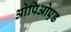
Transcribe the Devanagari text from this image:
ओपिओएड